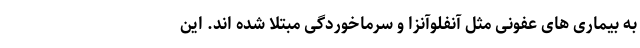
به بیماری های عفونی مثل آنفلوآنزا و سرماخوردگی مبتلا شده اند. این